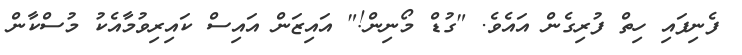
ފެނިފައި ހިތް ފުރިގެން އައެވެ. "ގުޑް މޯނިން!" އައިޒަން އައިސް ކައިރިވުމާއެކު މުސްކާން